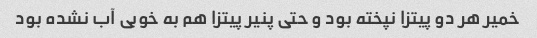
خمیر هر دو پیتزا نپخته بود و حتی پنیر پیتزا هم به خوبی آب نشده بود